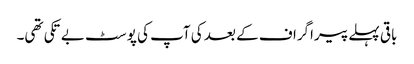
باقی پہلے پیراگراف کے بعد کی آپ کی پوسٹ بے تکی تھی۔